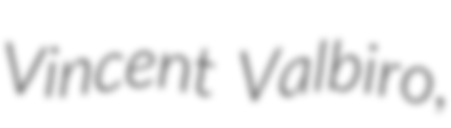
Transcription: Vincent Valbiro,